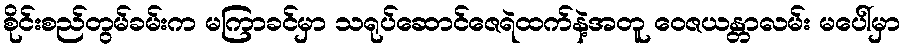
စိုင်းစည်တွမ်ခမ်းက မကြာခင်မှာ သရုပ်ဆောင်ဇေရဲထက်နဲ့အတူ ဝေဇယန္တာလမ်း မပေါ်မှာ